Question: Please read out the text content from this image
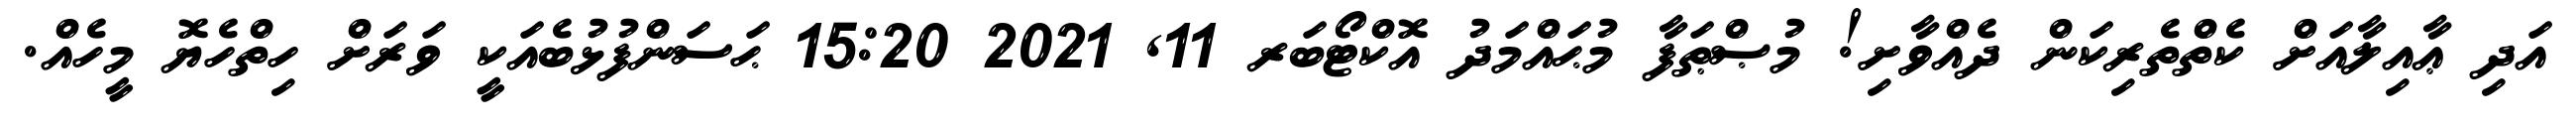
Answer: އަދި ޢާއިލާއަށް ކެތްތެރިކަން ދެއްވާށި! މުޞްޠަފާ މުޙައްމަދު އޮކްޓޯބަރ 11, 2021 15:20 ޙަސަންފުޅުބެއަކީ ވަރަށް ހިތްހެޔޮ މީހެއް.